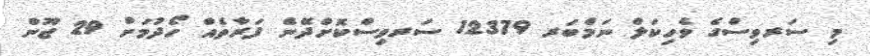
މި ސަރވިސްގެ ވެހިކަލް ނަމްބަރ 12379 ސަރވިސްކޮށްދޭނެ ފަރާތެއް ހޯދުމަށް 29 ޖޫން